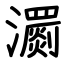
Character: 瀱